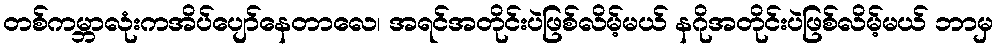
တစ်ကမ္ဘာလုံးကအိပ်ပျော်နေတာလေ၊ အရင်အတိုင်းပဲဖြစ်လိမ့်မယ် နဂိုအတိုင်းပဲဖြစ်လိမ့်မယ် ဘာမှ